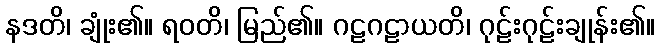
နဒတိ၊ ချုံး၏။ ရဝတိ၊ မြည်၏။ ဂဠဂဠာယတိ၊ ဂုဠ်းဂုဠ်းချုန်း၏။